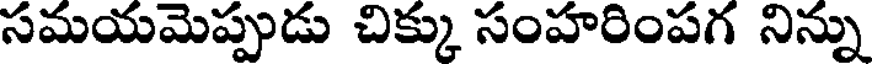
సమయమెప్పుడు చిక్కు సంహరింపగ నిన్ను